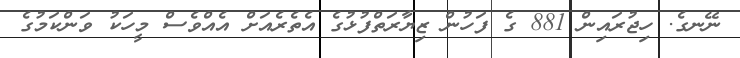
ނޭނގެ. ހިޖުރައިން 881 ގެ ފަހުން ޒިޔާރަތްފުޅުގެ އެތެރެއަށް އެއްވެސް މީހަކު ވަންކަމުގެ